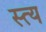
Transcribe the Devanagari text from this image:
स्त्य